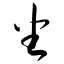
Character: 坐